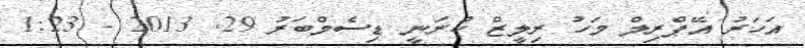
އަހަރު އޭޕްރިލް މަހު ރިލީޒް ކުރަނީ ޑިސެމްބަރު 29